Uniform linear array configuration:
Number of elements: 32
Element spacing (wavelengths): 0.5
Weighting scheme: hann
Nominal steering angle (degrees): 0
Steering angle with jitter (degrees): -0.4728
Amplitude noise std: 0.05
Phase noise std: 0.05

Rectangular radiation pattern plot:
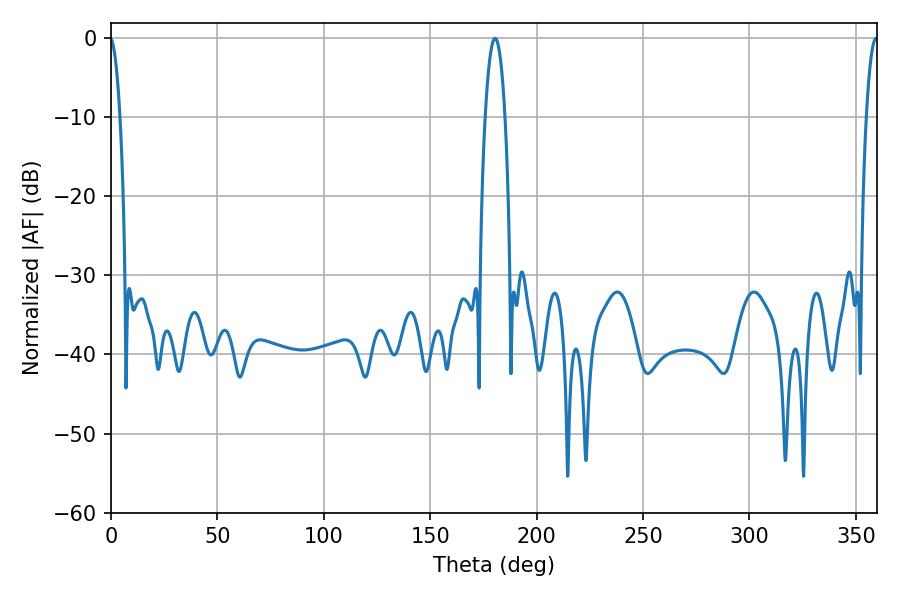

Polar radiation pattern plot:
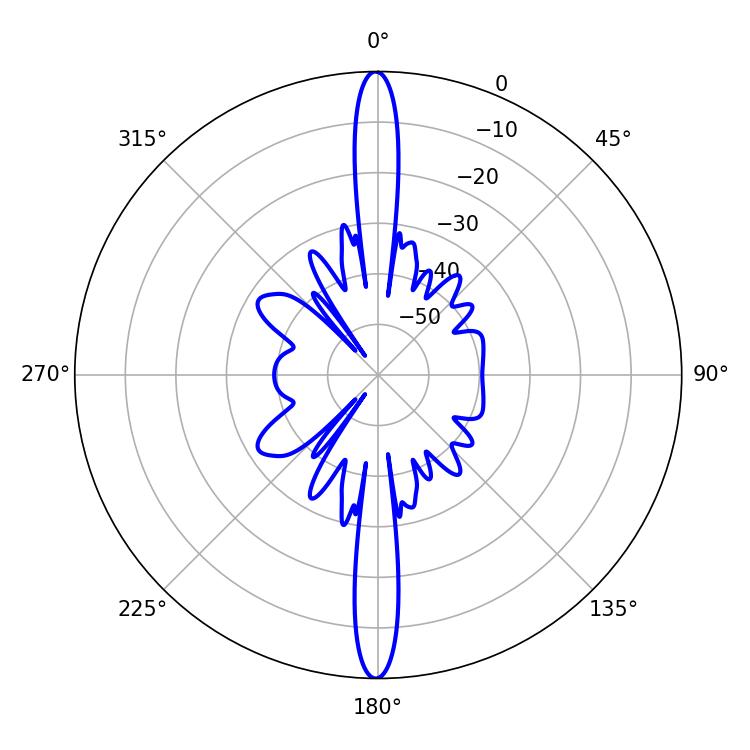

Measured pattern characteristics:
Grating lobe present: FALSE
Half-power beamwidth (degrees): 3.06
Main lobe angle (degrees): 359.46